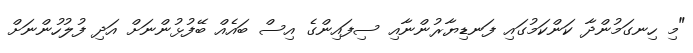
"މި ހިނގަމުންދާ ކަންކަމުގައި ފަނޑިޔާރުންނާއި ސިފައިންގެ އިސް ބައެއް ބޭފުޅުންނަށް އަދި ފުލުހުންނަށް